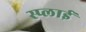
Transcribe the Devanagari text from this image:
स्प्लाई